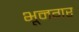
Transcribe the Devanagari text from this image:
भूनगर